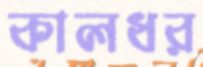
কালধর